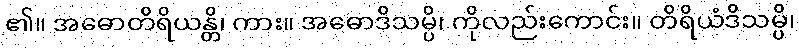
၏။ အဓောတိရိယန္တိ၊ ကား။ အဓောဒိသမ္ပိ၊ ကိုလည်းကောင်း။ တိရိယံဒိသမ္ပိ၊